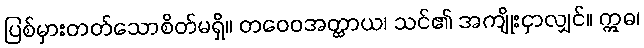
ပြစ်မှားတတ်သောစိတ်မရှိ။ တဝေဝအတ္ထာယ၊ သင်၏ အကျိုးငှာလျှင်။ ဣဓ၊